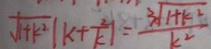
\sqrt { 1 + k ^ { 2 } } \vert k + \frac { 2 } { k ^ { 2 } } \vert = \frac { 3 \sqrt { 1 + k ^ { 2 } } } { k ^ { 2 } }